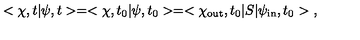
< \chi , t | \psi , t > = < \chi , t _ { 0 } | \psi , t _ { 0 } > = < \chi _ { \mathrm { o u t } } , t _ { 0 } | S | \psi _ { \mathrm { i n } } , t _ { 0 } > \ ,